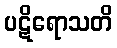
ပဋိရောသတိ